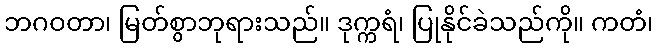
ဘဂဝတာ၊ မြတ်စွာဘုရားသည်။ ဒုက္ကရံ၊ ပြုနိုင်ခဲသည်ကို။ ကတံ၊